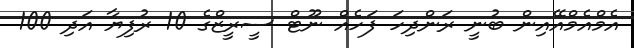
އެމްއެމްއޭއިން ބުނީ ރަންދިހަ ފަހެއް ނޫޓް ސީރީޒްގެ 10 ރުފިޔާ އަދި 100